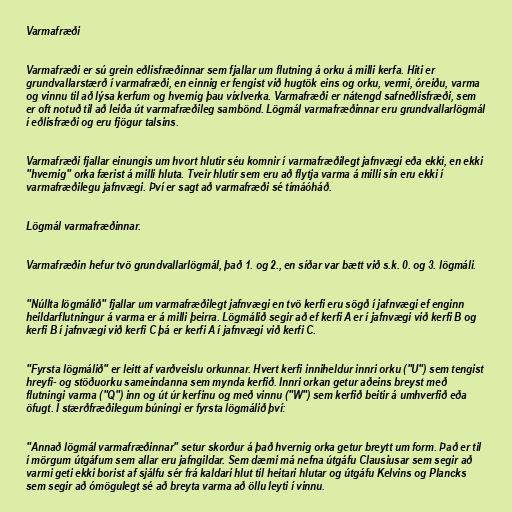
Varmafræði

Varmafræði er sú grein eðlisfræðinnar sem fjallar um flutning á orku á milli kerfa. Hiti er
grundvallarstærð í varmafræði, en einnig er fengist við hugtök eins og orku, vermi, óreiðu, varma
og vinnu til að lýsa kerfum og hvernig þau víxlverka. Varmafræði er nátengd safneðlisfræði, sem
er oft notuð til að leiða út varmafræðileg sambönd. Lögmál varmafræðinnar eru grundvallarlögmál
í eðlisfræði og eru fjögur talsins.

Varmafræði fjallar einungis um hvort hlutir séu komnir í varmafræðilegt jafnvægi eða ekki, en ekki
"hvernig" orka færist á milli hluta. Tveir hlutir sem eru að flytja varma á milli sín eru ekki í
varmafræðilegu jafnvægi. Því er sagt að varmafræði sé tímáóháð.

Lögmál varmafræðinnar.

Varmafræðin hefur tvö grundvallarlögmál, það 1. og 2., en síðar var bætt við s.k. 0. og 3. lögmáli.

"Núllta lögmálið" fjallar um varmafræðilegt jafnvægi en tvö kerfi eru sögð í jafnvægi ef enginn
heildarflutningur á varma er á milli þeirra. Lögmálið segir að ef kerfi A er í jafnvægi við kerfi B og
kerfi B í jafnvægi við kerfi C þá er kerfi A í jafnvægi við kerfi C.

"Fyrsta lögmálið" er leitt af varðveislu orkunnar. Hvert kerfi inniheldur innri orku ("U") sem tengist
hreyfi- og stöðuorku sameindanna sem mynda kerfið. Innri orkan getur aðeins breyst með
flutningi varma ("Q") inn og út úr kerfinu og með vinnu ("W") sem kerfið beitir á umhverfið eða
öfugt. Í stærðfræðilegum búningi er fyrsta lögmálið því:

"Annað lögmál varmafræðinnar" setur skorður á það hvernig orka getur breytt um form. Það er til
í mörgum útgáfum sem allar eru jafngildar. Sem dæmi má nefna útgáfu Clausiusar sem segir að
varmi geti ekki borist af sjálfu sér frá kaldari hlut til heitari hlutar og útgáfu Kelvins og Plancks
sem segir að ómögulegt sé að breyta varma að öllu leyti í vinnu.